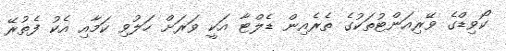
ކޯވިޑްގެ ވޭރިއަންޓުތަކުގެ ތެރެއިން ޑެލްޓާ އަކީ ވަރަށް ހަލުވި ކަމާއި އެކު ފެތުރޭ